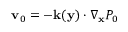
\mathbf v _ { 0 } = - \mathbf k ( \mathbf y ) \cdot \nabla _ { \mathbf x } P _ { 0 }